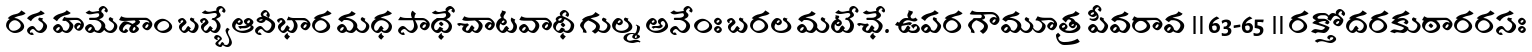
రస హమేశాం బబ్బేఆనీభార మధ సాథే చాటవాథీ గుల్మ అనేంః బరల మటేఛే. ఉపర గౌమూత్ర పీవరావ ॥ 63-65 ॥ రక్తోదరకుఠారరసః